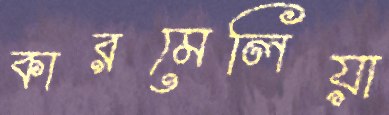
কারমেলিয়া